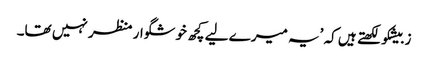
زبیشکو لکھتے ہیں کہ ’یہ میرے لیے کچھ خوشگوار منظر نہیں تھا۔